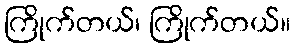
ကြိုက်တယ်၊ ကြိုက်တယ်။